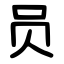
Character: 员